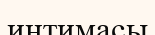
интимасы